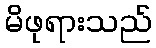
မိဖုရားသည်